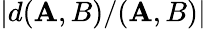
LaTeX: |d(\mathbf{A},B)/(\mathbf{A},B)|